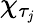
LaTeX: \chi_{\tau_{\mathit{j}}}